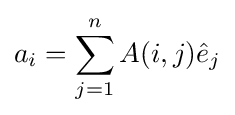
a_{i}=\sum _{j=1}^{n}A(i,j){\hat {e}}_{j}